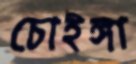
চোইঙ্গা